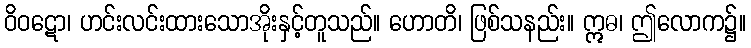
ဝိဝဋော၊ ဟင်းလင်းထားသောအိုးနှင့်တူသည်။ ဟောတိ၊ ဖြစ်သနည်း။ ဣဓ၊ ဤလောက၌။